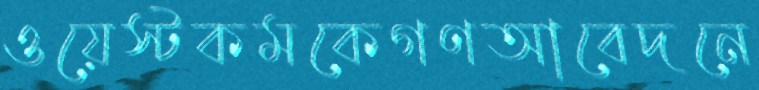
ওয়েস্টকমকেগণআবেদনে